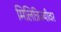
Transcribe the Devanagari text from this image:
मिलित्रिज्यीवर